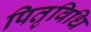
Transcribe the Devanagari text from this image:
पितृविधि